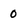
Character: 0